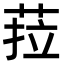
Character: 菈